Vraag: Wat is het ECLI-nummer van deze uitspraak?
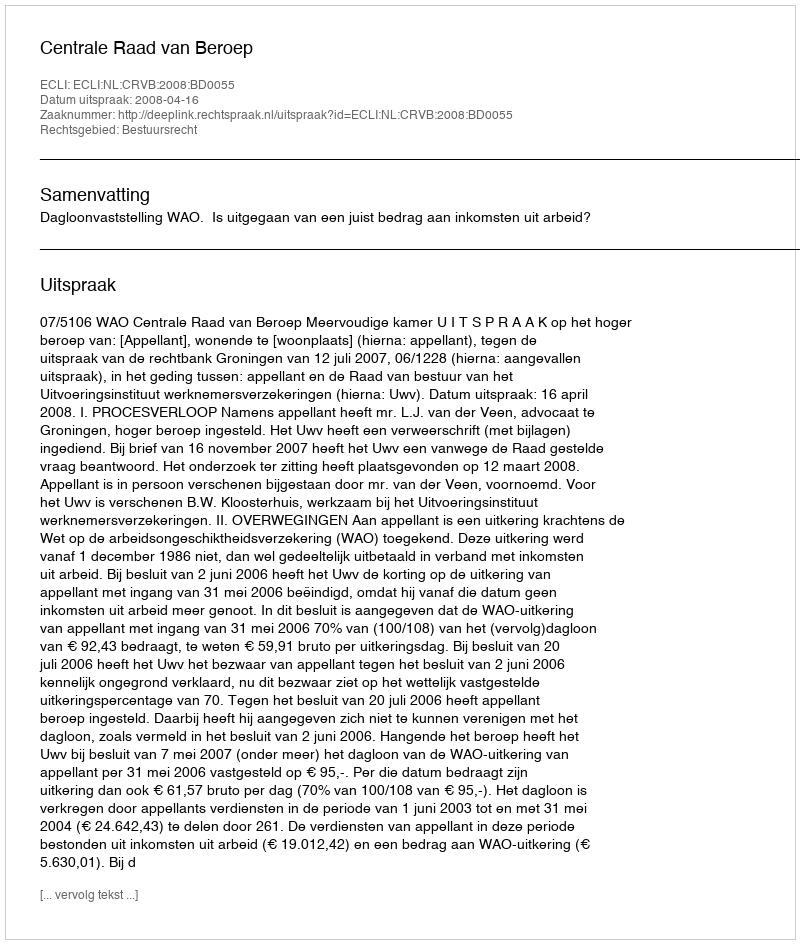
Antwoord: ECLI:NL:CRVB:2008:BD0055